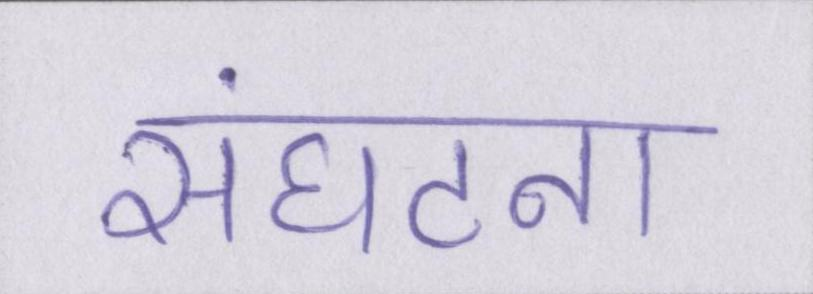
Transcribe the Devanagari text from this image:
संघटना